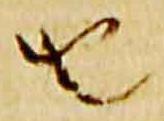
由